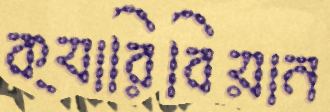
ক্যারিবিয়ান